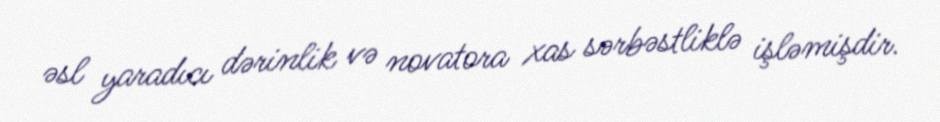
əsl yaradıcı dərinlik və novatora xas sərbəstliklə işləmişdir.